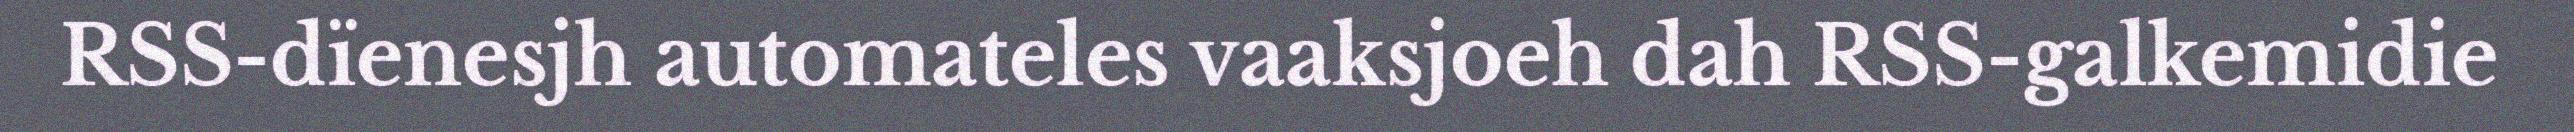
RSS-dïenesjh automateles vaaksjoeh dah RSS-galkemidie